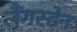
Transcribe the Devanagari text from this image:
लैंगस्टेन